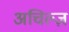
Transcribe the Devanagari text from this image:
अचिल्ज़